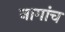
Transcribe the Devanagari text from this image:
नागांच